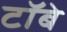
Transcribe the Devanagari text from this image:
टॉबे